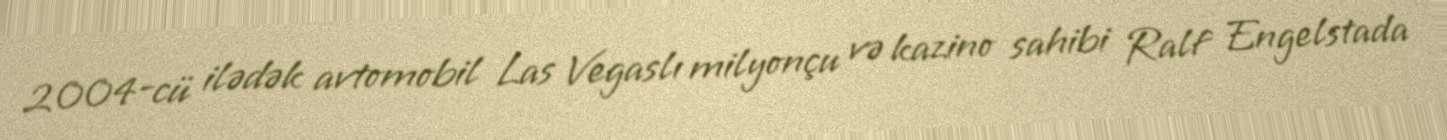
2004-cü ilədək avtomobil Las Vegaslı milyonçu və kazino sahibi Ralf Engelstada